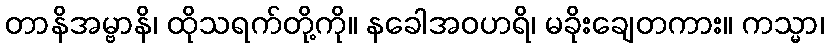
တာနိအမ္ဗာနိ၊ ထိုသရက်တို့ကို။ နခေါအဝဟရိ၊ မခိုးချေတကား။ ကသ္မာ၊